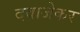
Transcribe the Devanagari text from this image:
दवाजेकर